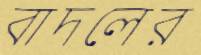
বাদলের